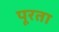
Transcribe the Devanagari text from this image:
पूरता